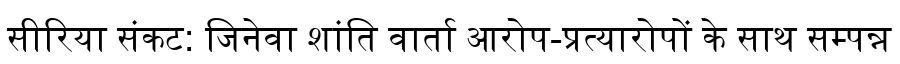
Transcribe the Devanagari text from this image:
सीरिया संकट: जिनेवा शांति वार्ता आरोप-प्रत्यारोपों के साथ सम्पन्न